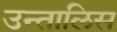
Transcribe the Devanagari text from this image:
उन्तालिस